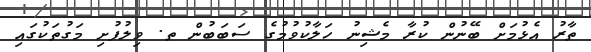
ތާރު އެޅުމަށް ބޭނުން ކުރާ މެޝިނު ހަލާކުވުމުގެ ސަބަބުން ތ. ވިލުފުށި މަގުތަކުގައި